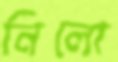
নিলো